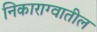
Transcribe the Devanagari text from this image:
निकाराग्वातील